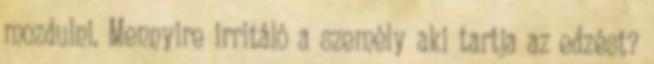
mozdulni. Mennyire irritáló a személy aki tartja az edzést?